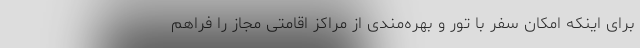
برای اینکه امکان سفر با تور و بهره‌مندی از مراکز اقامتی مجاز را فراهم